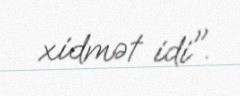
xidmət idi".